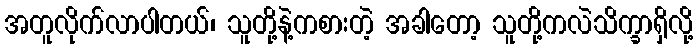
အတူလိုက်လာပါတယ်၊ သူတို့နဲ့ကစားတဲ့ အခါတော့ သူတို့ကလဲသိက္ခာရှိလို့